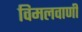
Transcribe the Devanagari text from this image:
विमलवाणी